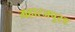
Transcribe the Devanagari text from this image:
महारजपुरड